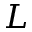
L